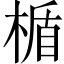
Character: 楯